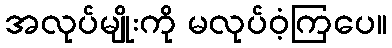
အလုပ်မျိုးကို မလုပ်ဝံ့ကြပေ။